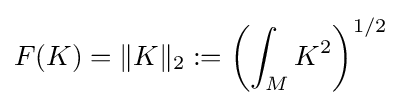
F(K)=\|K\|_{2}:=\left(\int _{M}K^{2}\right)^{1/2}